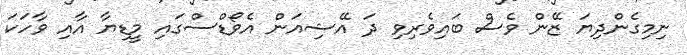
ނިމިގެންދިޔަ ޒޭން ވެސް ބައިވެރިވި ދަ އޭޝިއަން އެވޯޑްސްގައި މީޑިޔާ އާއި ވާހަކަ